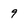
Character: 9